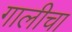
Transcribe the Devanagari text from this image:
गालीचा